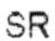
SR